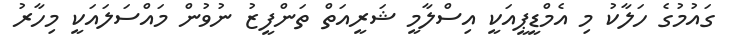
ގައުމުގެ ހަލާކު މި އެމްޑީޕީއަކީ އިސްލާމީ ޝަރީއަތް ތަންފީޒު ނުވުން މައްސަލައަކީ މިހާރު